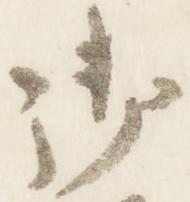
御